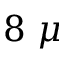
8 ~ \mu